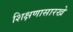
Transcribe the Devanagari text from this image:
शिक्षणासारखे